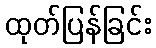
ထုတ်ပြန်ခြင်း